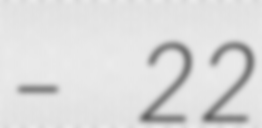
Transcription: – 22